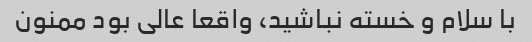
با سلام و خسته نباشید، واقعا عالی بود ممنون